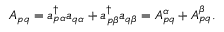
\begin{array} { r } { A _ { p q } = a _ { p \alpha } ^ { \dagger } a _ { q \alpha } + a _ { p \beta } ^ { \dagger } a _ { q \beta } = A _ { p q } ^ { \alpha } + A _ { p q } ^ { \beta } . } \end{array}